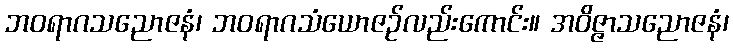
ဘဝရာဂသညောဇနံ၊ ဘဝရာဂသံယောဇဉ်လည်းကောင်း။ အဝိဇ္ဇာသညောဇနံ၊